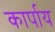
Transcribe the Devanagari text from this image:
कार्पाय